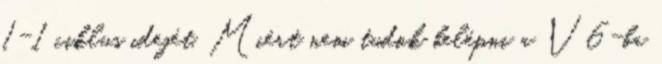
1-1 ciklus idejét. Miért nem tudok belépni a V6-ba